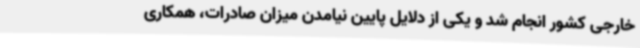
خارجی کشور انجام شد و یکی از دلایل پایین نیامدن میزان صادرات، همکاری